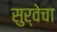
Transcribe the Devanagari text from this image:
सुर्वेचा